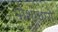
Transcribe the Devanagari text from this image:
पोशाधारो